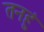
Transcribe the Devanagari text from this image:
तनहुं